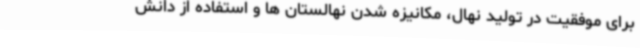
برای موفقیت در تولید نهال، مکانیزه شدن نهالستان ها و استفاده از دانش